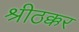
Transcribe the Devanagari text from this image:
श्रीठक्कर